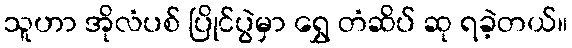
သူဟာ အိုလံပစ် ပြိုင်ပွဲမှာ ရွှေ တံဆိပ် ဆု ရခဲ့တယ်။